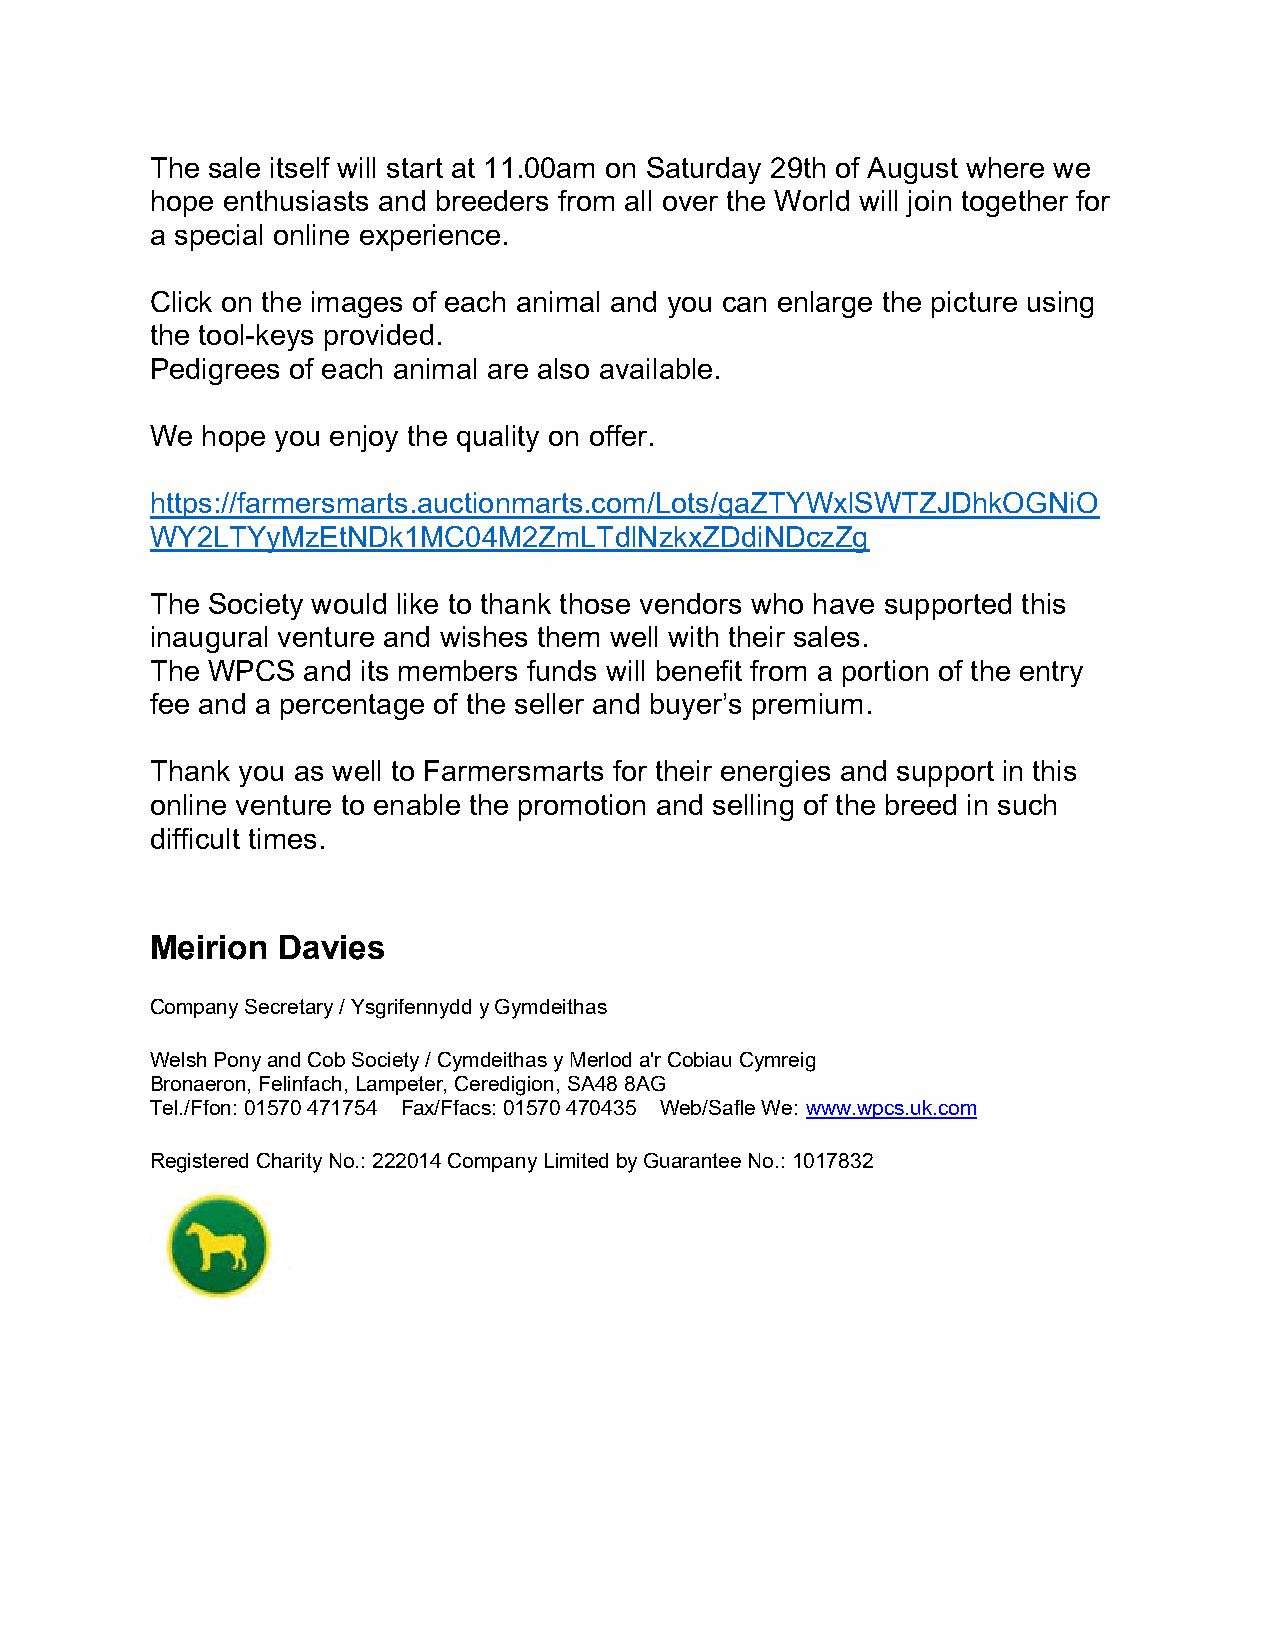
The sale itself will start at 11.00am on Saturday 29th of August where we
 hope enthusiasts and breeders from all over the World will join together for
 a special online experience.
 Click on the images of each animal and you can enlarge the picture using
 the tool-keys provided.
 Pedigrees of each animal are also available.
 We hope you enjoy the quality on offer.
 https://farmersmarts.auctionmarts.com/Lots/gaZTYWxlSWTZJDhkOGNiO
 WY2LTYyMzEtNDk1MC04M2ZmLTdlNzkxZDdiNDczZg
 The Society would like to thank those vendors who have supported this
 inaugural venture and wishes them well with their sales.
 The WPCS  and its members funds will benefit from a portion of the entry
 fee and a percentage of the seller and buyer’s premium.
 Thank you as well to Farmersmarts for their energies and support in this
 online venture to enable the promotion and selling of the breed in such
 difficult times.
 Meirion Davies
 Company Secretary / Ysgrifennydd y Gymdeithas
 Welsh Pony and Cob Society / Cymdeithas y Merlod a'r Cobiau Cymreig
 Bronaeron, Felinfach, Lampeter, Ceredigion, SA48 8AG
 Tel./Ffon: 01570 471754 Fax/Ffacs: 01570 470435 Web/Safle We: www.wpcs.uk.com
 Registered Charity No.: 222014 Company Limited by Guarantee No.: 1017832